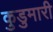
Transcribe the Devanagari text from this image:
कुडुमारी